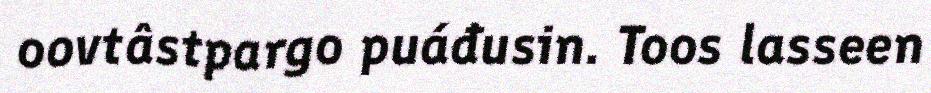
oovtâstpargo puáđusin. Toos lasseen